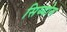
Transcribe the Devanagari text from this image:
सिय्योन